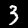
Label: 3